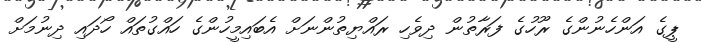
ޕީގެ އަންހެނުންގެ ރޫހުގެ ފަރާތުން ދިވެހި ރައްޔިތުންނަށް އެބައިމީހުންގެ ހައްގުތައް ހޯދައި ދިނުމަށް